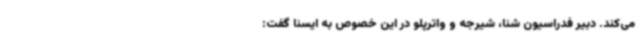
می‌کند. دبیر فدراسیون شنا، شیرجه و واترپلو در این خصوص به ایسنا گفت: